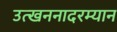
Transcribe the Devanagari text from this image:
उत्खननादरम्यान